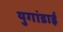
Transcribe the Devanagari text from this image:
युगांडाई